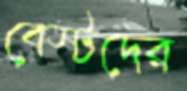
বেস্টদের